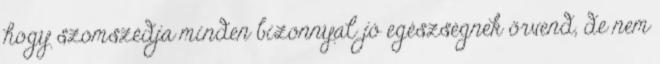
hogy szomszédja minden bizonnyal jó egészségnek örvend, de nem